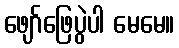
ဖျော်ဖြေပွဲပါ မေမေ။